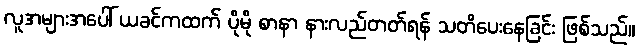
လူအများအပေါ် ယခင်ကထက် ပိုမို စာနာ နားလည်တတ်ရန် သတိပေးနေခြင်း ဖြစ်သည်။